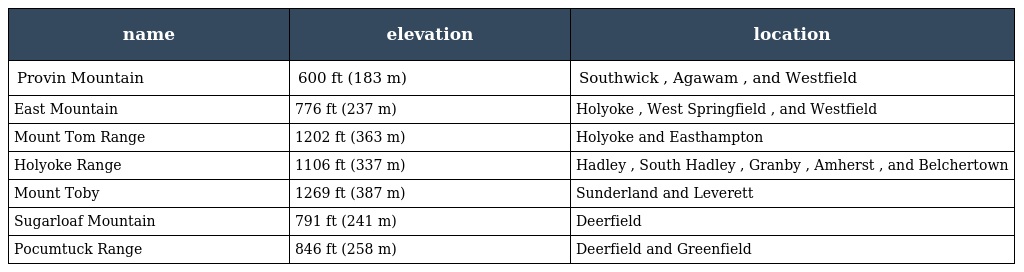
| name | elevation | location |
 | --- | --- | --- |
 | Provin Mountain | 600 ft (183 m) | Southwick , Agawam , and Westfield |
 | East Mountain | 776 ft (237 m) | Holyoke , West Springfield , and Westfield |
 | Mount Tom Range | 1202 ft (363 m) | Holyoke and Easthampton |
 | Holyoke Range | 1106 ft (337 m) | Hadley , South Hadley , Granby , Amherst , and Belchertown |
 | Mount Toby | 1269 ft (387 m) | Sunderland and Leverett |
 | Sugarloaf Mountain | 791 ft (241 m) | Deerfield |
 | Pocumtuck Range | 846 ft (258 m) | Deerfield and Greenfield |